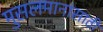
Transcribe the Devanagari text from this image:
मुसलमानांसाठी